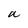
Character: a